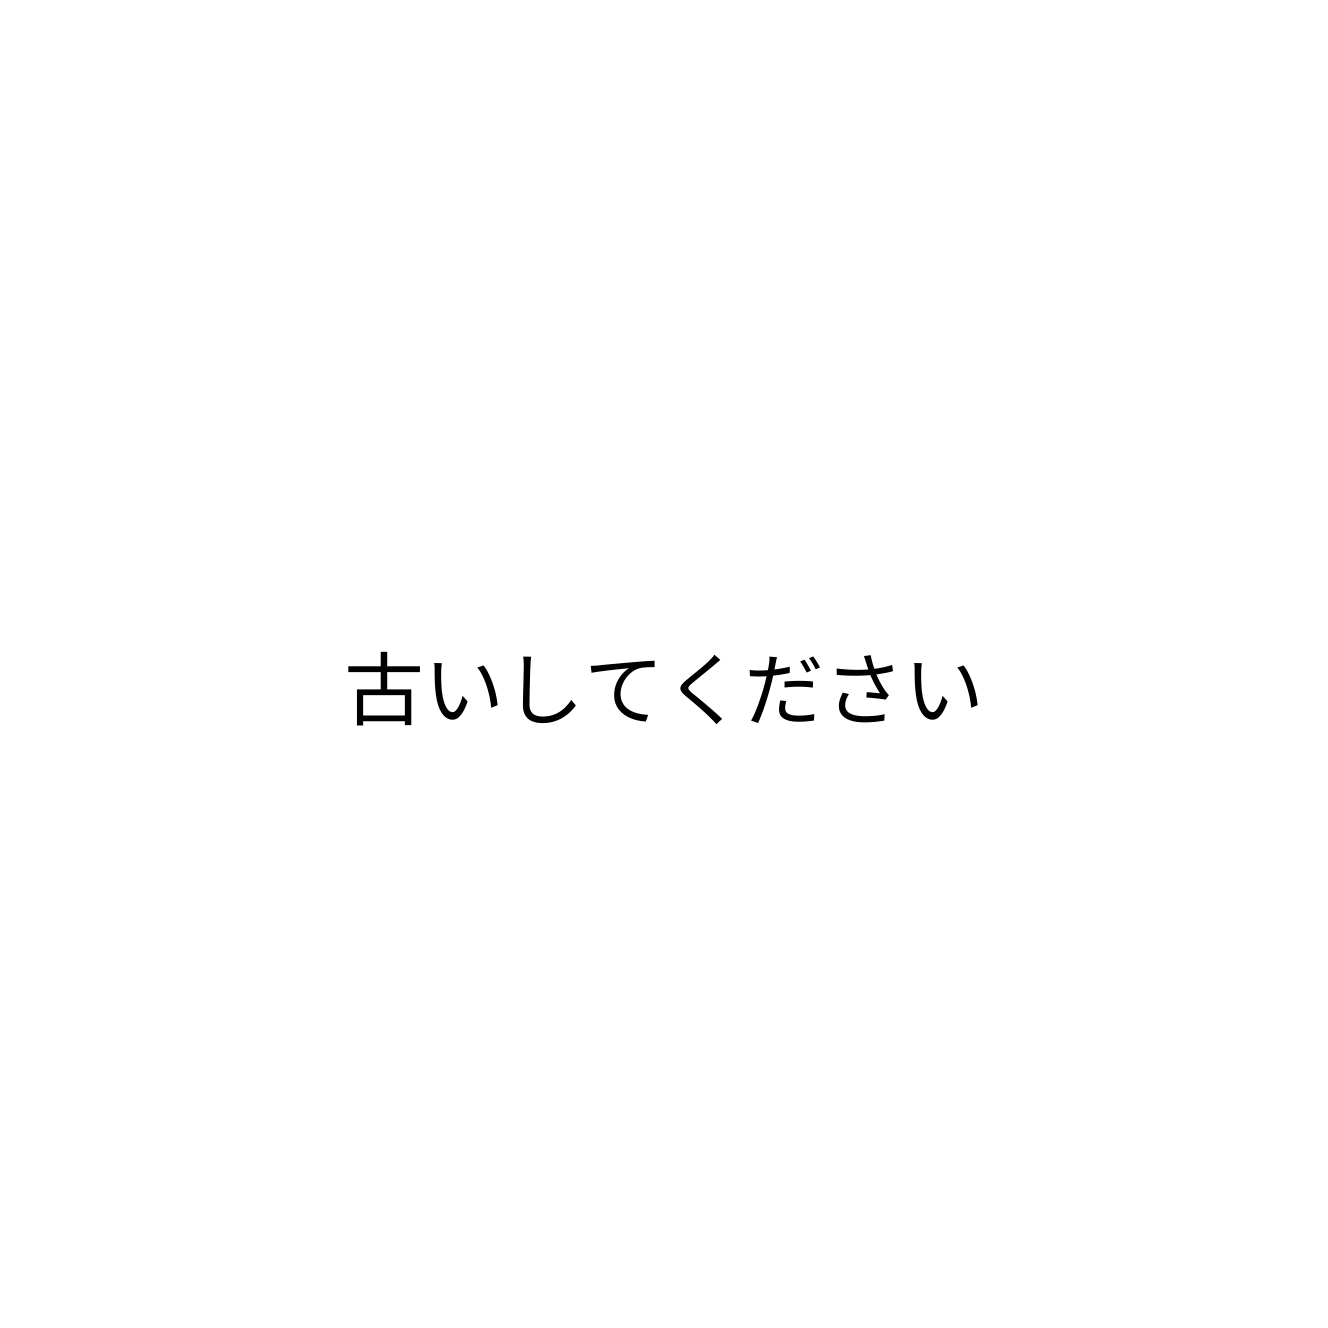
古いしてください